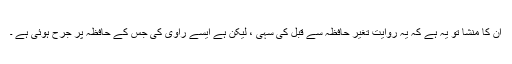
ان کا منشا تو یہ ہے کہ یہ روایت تغیرِ حافظہ سے قبل کی سہی ، لیکن ہے ایسے راوی کی جس کے حافظہ پر جرح ہوئی ہے ۔